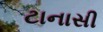
ટાનાસી